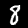
Digit: 8